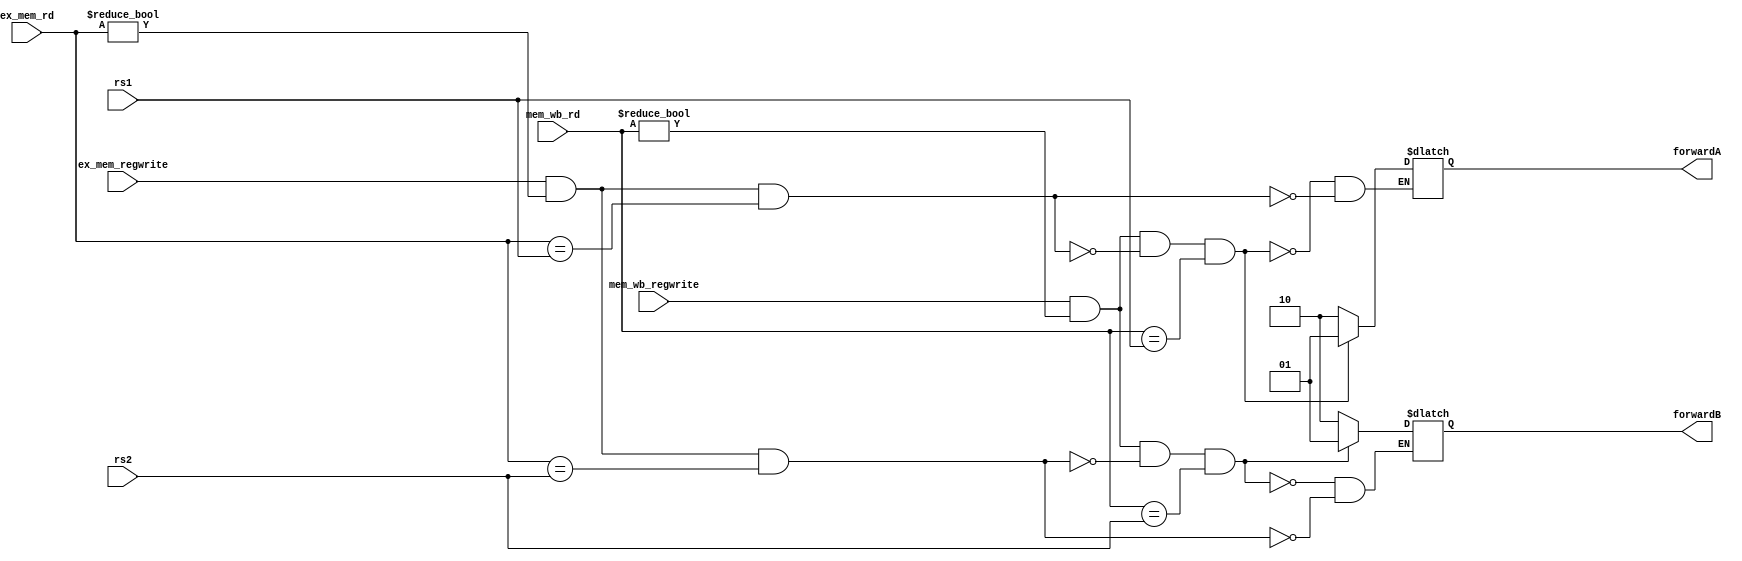
`timescale 1ns / 1ps
//////////////////////////////////////////////////////////////////////////////////
// Company: 
// Engineer: 
// 
// Design Name: 
// Module Name: forwarding
// Project Name: 
// Target Devices: 
// Tool Versions: 
// Description: 
// 
// Dependencies: 
// 
// Revision:
// Revision 0.01 - File Created
// Additional Comments:
// 
//////////////////////////////////////////////////////////////////////////////////


module forwarding(input [4:0] rs1,          //adresa RS1 in etapa EX
                  input [4:0] rs2,          //adresa RS2 in etapa EX
                  input [4:0] ex_mem_rd,    //adresa reg dest in etapa MEM
                  input [4:0] mem_wb_rd,    //adresa reg dest in etapa WB
                  input ex_mem_regwrite,    //semnal control in etapa MEM
                  input mem_wb_regwrite,    //semnal control in etapa WB
                  output reg [1:0] forwardA,forwardB);//semnale selectie mux; aleg valoarea de bypass
                  
    initial begin
        forwardA = 2'b00;
        forwardB = 2'b00;
    end
                  
    always@(*) begin
        //hazard in etapa EX
        if (ex_mem_regwrite && (ex_mem_rd != 5'b0) && (ex_mem_rd == rs1)) begin
            forwardA <= 2'b10;
        end
        if (ex_mem_regwrite && (ex_mem_rd != 5'b0) && (ex_mem_rd == rs2)) begin
            forwardB <= 2'b10;
        end
        
        //hazard in etapa MEM
        if (mem_wb_regwrite && (mem_wb_rd != 5'b0) && !(ex_mem_regwrite && (ex_mem_rd != 5'b0) 
            && (ex_mem_rd == rs1)) && (mem_wb_rd == rs1)) begin
            forwardA <= 2'b01;
        end 
        
        if (mem_wb_regwrite && (mem_wb_rd != 5'b0) && !(ex_mem_regwrite && (ex_mem_rd != 5'b0) 
            && (ex_mem_rd == rs2)) && (mem_wb_rd == rs2)) begin
            forwardB <= 2'b01;
        end
    end
endmodule